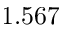
1 . 5 6 7